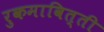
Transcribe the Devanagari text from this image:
रुकमावित्ती